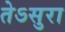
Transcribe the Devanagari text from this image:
तेऽसुरा